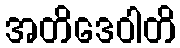
အတိဒေဝါတိ